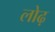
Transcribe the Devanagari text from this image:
लोढ़